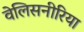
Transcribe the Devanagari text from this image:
वेलिसनीरिया